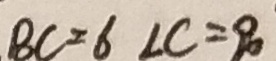
B C = 6 \angle C = 9 0